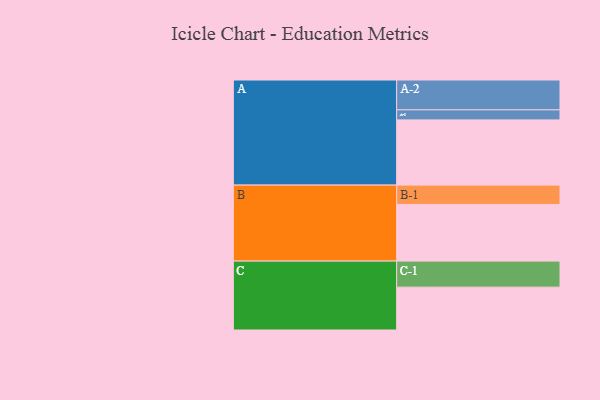
{"axis": {"x": "Segment", "y": "Value"}, "legend": ["", "A", "B", "C"], "data": [{"x": "A", "y": 551, "type": ""}, {"x": "B", "y": 479, "type": ""}, {"x": "C", "y": 362, "type": ""}, {"x": "A-1", "y": 85, "type": "A"}, {"x": "A-2", "y": 252, "type": "A"}, {"x": "B-1", "y": 163, "type": "B"}, {"x": "C-1", "y": 220, "type": "C"}]}